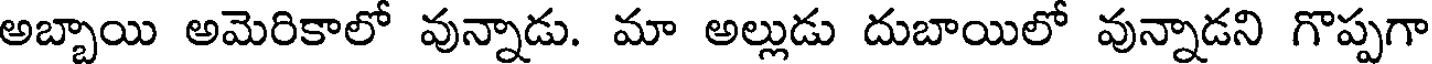
అబ్బాయి అమెరికాలో వున్నాడు. మా అల్లుడు దుబాయిలో వున్నాడని గొప్పగా